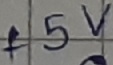
Text: +5V